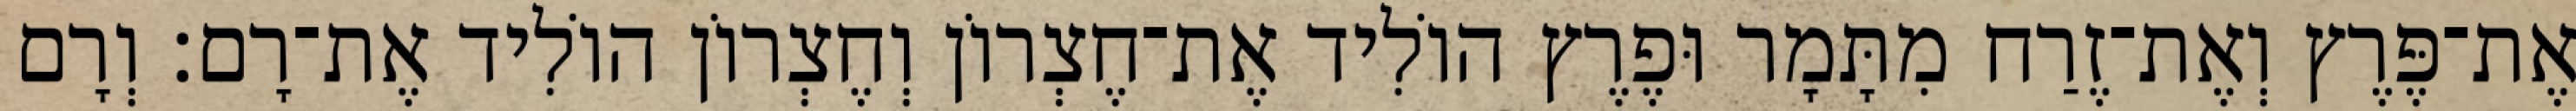
אֶת־פֶּרֶץ וְאֶת־זֶרַח מִתָּמָר וּפֶרֶץ הוֹלִיד אֶת־חֶצְרוֹן וְחֶצְרוֹן הוֹלִיד אֶת־רָם׃ וְרָם